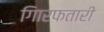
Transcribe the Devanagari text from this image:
गिारफतारी